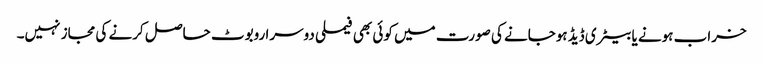
خراب ہونے یا بیٹری ڈیڈ ہوجانے کی صورت میں کوئی بھی فیملی دوسرا روبوٹ حاصل کرنے کی مجاز نہیں۔